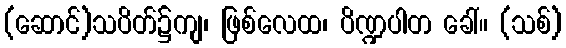
(ဆောင်)သပိတ်၌ကျ၊ ဖြစ်လေထ၊ ပိဏ္ဍပါတ ခေါ်။ (သစ်)